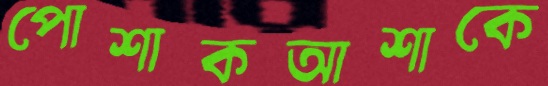
পোশাকআশাকে